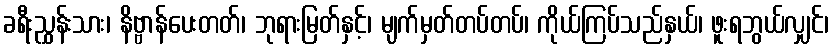
ခရီးညွှန်းသား၊ နိဗ္ဗာန်ပေးတတ်၊ ဘုရားမြတ်နှင့်၊ မျက်မှတ်တပ်တပ်၊ ကိုယ်ကြပ်သည်နှယ်၊ ဖူးရဘွယ်လျှင်၊